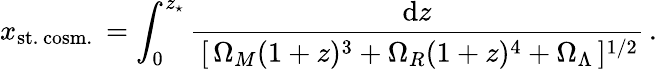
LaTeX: x_{\mathrm{st.\, cosm.}}\, =\int_{0}^{z_{\star}}\frac{\mathrm{d}z}{\, [\, \Omega_{M}(1+z)^{3}+\Omega_{R}(1+z)^{4}+\Omega_{\Lambda}\, ]^{1/2}}\, .